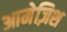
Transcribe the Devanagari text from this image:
आमेज़िश